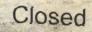
Closed